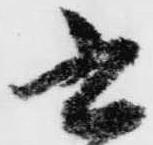
書